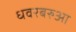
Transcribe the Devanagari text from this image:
धवरबरुआ